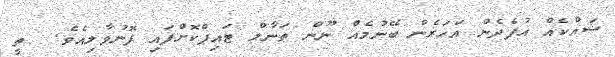
ޝައްކެއް އުފެދެން އަހަރެން ބޭނުމެއް ނޫޫން ތަނާލް ޓައިޕްކޮށްފައި ފޮނުވާލިއެވެ.  ތީ